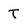
Character: T